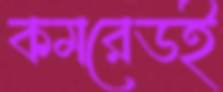
কমরেডই